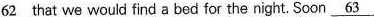
\underline{62} that we would find a bed for the night. Soon \underline{63}